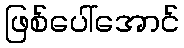
ဖြစ်ပေါ်အောင်